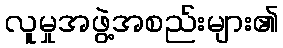
လူမှုအဖွဲ့အစည်းများ၏